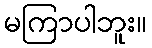
မကြာပါဘူး။